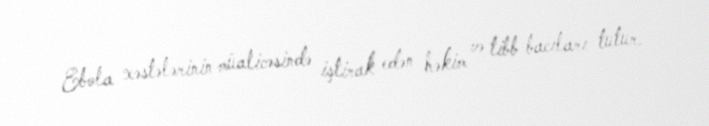
Ebola xəstələrinin müalicəsində iştirak edən həkim və tibb bacıları tutur.